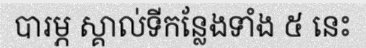
បារម្ភ ស្គាល់ទីកន្លែងទាំង ៥ នេះ